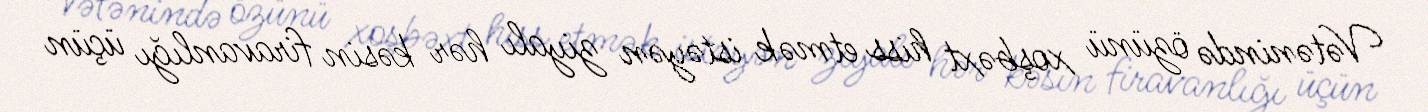
Vətənində özünü xoşbəxt hiss etmək istəyən ziyalı hər kəsin firavanlığı üçün